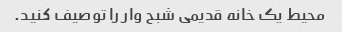
محیط یک خانه قدیمی شبح وار را توصیف کنید.